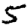
Digit: 5